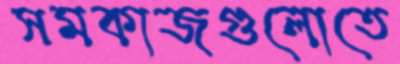
সমকাজগুলোতে